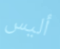
أليس